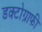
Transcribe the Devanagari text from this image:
डक्टोग्राफी